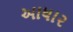
આધા૨